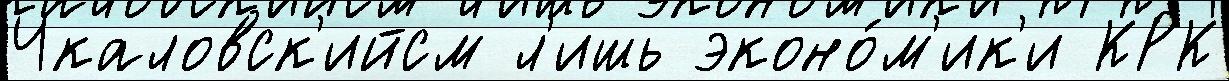
Чкаловск'ийсм л'ишь эконо́м'ик'и КРК